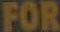
FOR